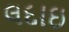
લદાઇ